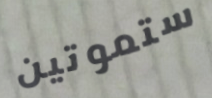
ستموتين